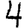
Digit: 4